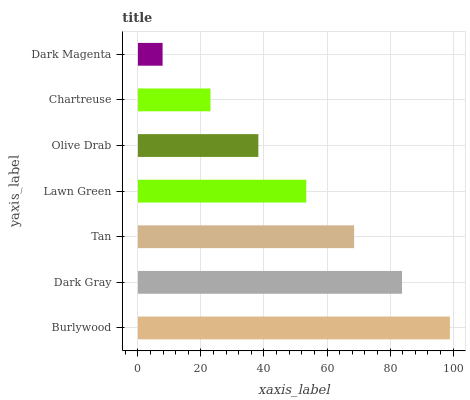
| yaxis_label | bars |
 | --- | --- |
 | Burlywood | 99 |
 | Dark Gray | 83.8 |
 | Tan | 68.6 |
 | Lawn Green | 53.4 |
 | Olive Drab | 38.2 |
 | Chartreuse | 23 |
 | Dark Magenta | 7.82 |